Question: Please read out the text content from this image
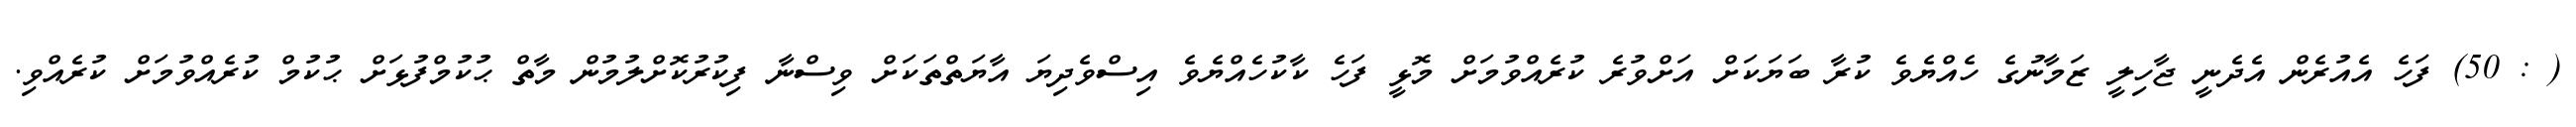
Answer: ( : 50) ފަހެ އެއުރެން އެދެނީ ޖާހިލީ ޒަމާނުގެ ހެއްޔެވެ ކުރާ ބަޔަކަށް އަށްވުރެ ކުރެއްވުމަށް މޮޅީ ފަހެ ކާކުހެއްޔެވެ އިސްވެދިޔަ އާޔަތްތަކަށް ވިސްނާ ފިކުރުކޮށްލުމުން މާތް ޙުކުމްފުޅަށް ޙުކުމް ކުރެއްވުމަށް ކުރެއްވި.